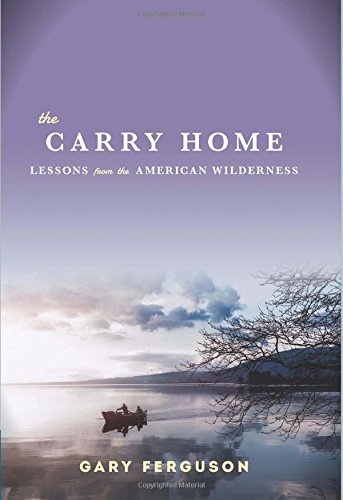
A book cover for The Carry Home; Gary Ferguson; Biographies & Memoirs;